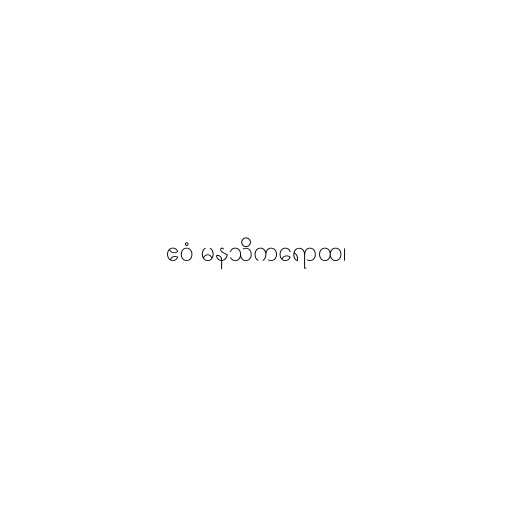
ဧဝံ မနသိကရောထ၊